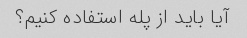
آیا باید از پله استفاده کنیم؟